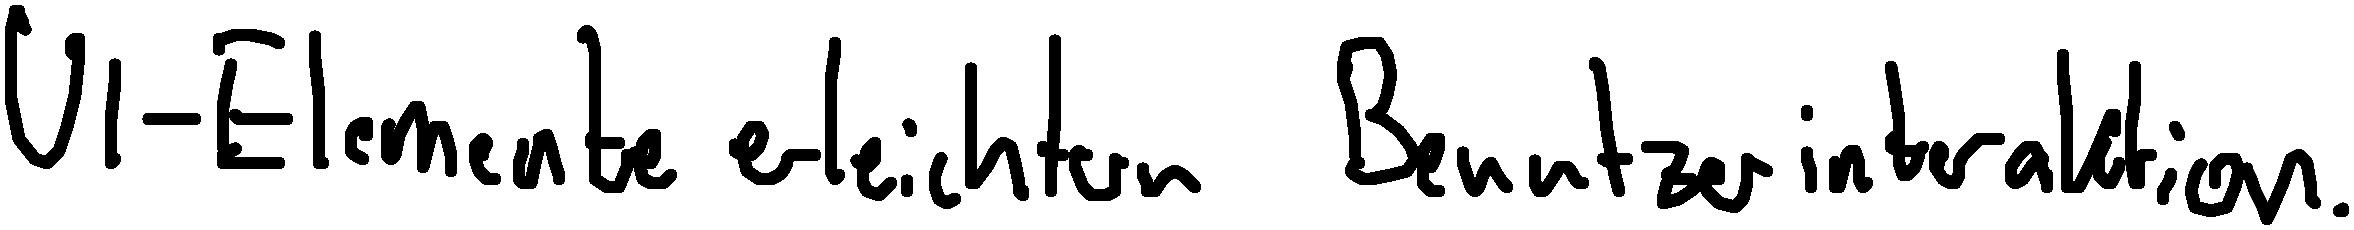
UI-Elemente erleichtern Benutzerinteraktion.